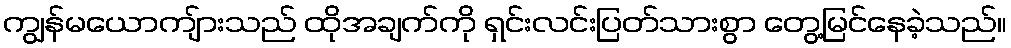
ကျွန်မယောကျ်ားသည် ထိုအချက်ကို ရှင်းလင်းပြတ်သားစွာ တွေ့မြင်နေခဲ့သည်။